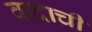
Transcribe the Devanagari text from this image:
वादाचीं